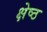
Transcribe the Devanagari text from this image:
क्षेष्ठ